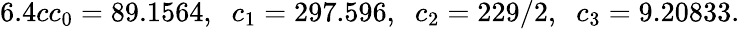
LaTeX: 6.4cc_{0}=89.1564,\; \; c_{1}=297.596,\; \; c_{2}=229/2,\; \; c_{3}=9.20833.